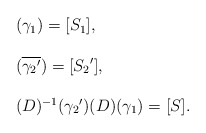
\begin{align*}\left.\begin{array}{l}(\gamma_1)=[S_1],\\\\(\overline{{\gamma_2}'})=[{S_2}'],\\\\(D)^{-1}({\gamma_2}')(D)(\gamma_1)=[S].\\\end{array}\right.\end{align*}